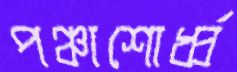
পঞ্চাশোর্ধ্ব